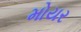
મોયર